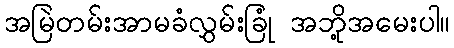
အမြဲတမ်းအာမခံလွှမ်းခြုံ အဘို့အမေးပါ။